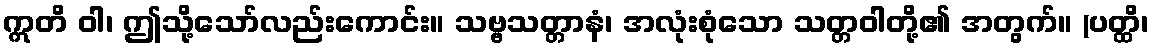
ဣတိ ဝါ၊ ဤသို့သော်လည်းကောင်း။ သဗ္ဗသတ္တာနံ၊ အလုံးစုံသော သတ္တဝါတို့၏ အတွက်။ (ပတ္ထိ၊